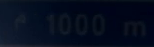
^{\circ}1000\